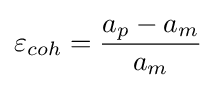
\varepsilon _{coh}={\frac {a_{p}-a_{m}}{a_{m}}}